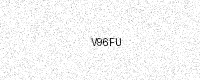
Text: V96FU